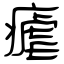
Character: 瘧